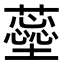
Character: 𧁚